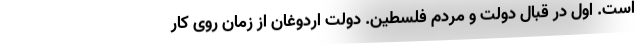
است. اول در قبال دولت و مردم فلسطین. دولت اردوغان از زمان روی کار